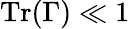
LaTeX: \mathrm{Tr}(\Gamma)\ll 1